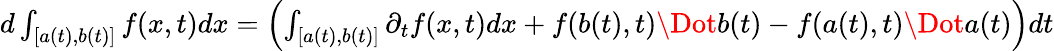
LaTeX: \begin{array}{r}{d\int_{[a(t),b(t)]}f(x,t)dx=\left(\int_{[a(t),b(t)]}\partial_{t}f(x,t)dx+f(b(t),t)\Dot{b}(t)-f(a(t),t)\Dot{a}(t)\right)dt}\end{array}